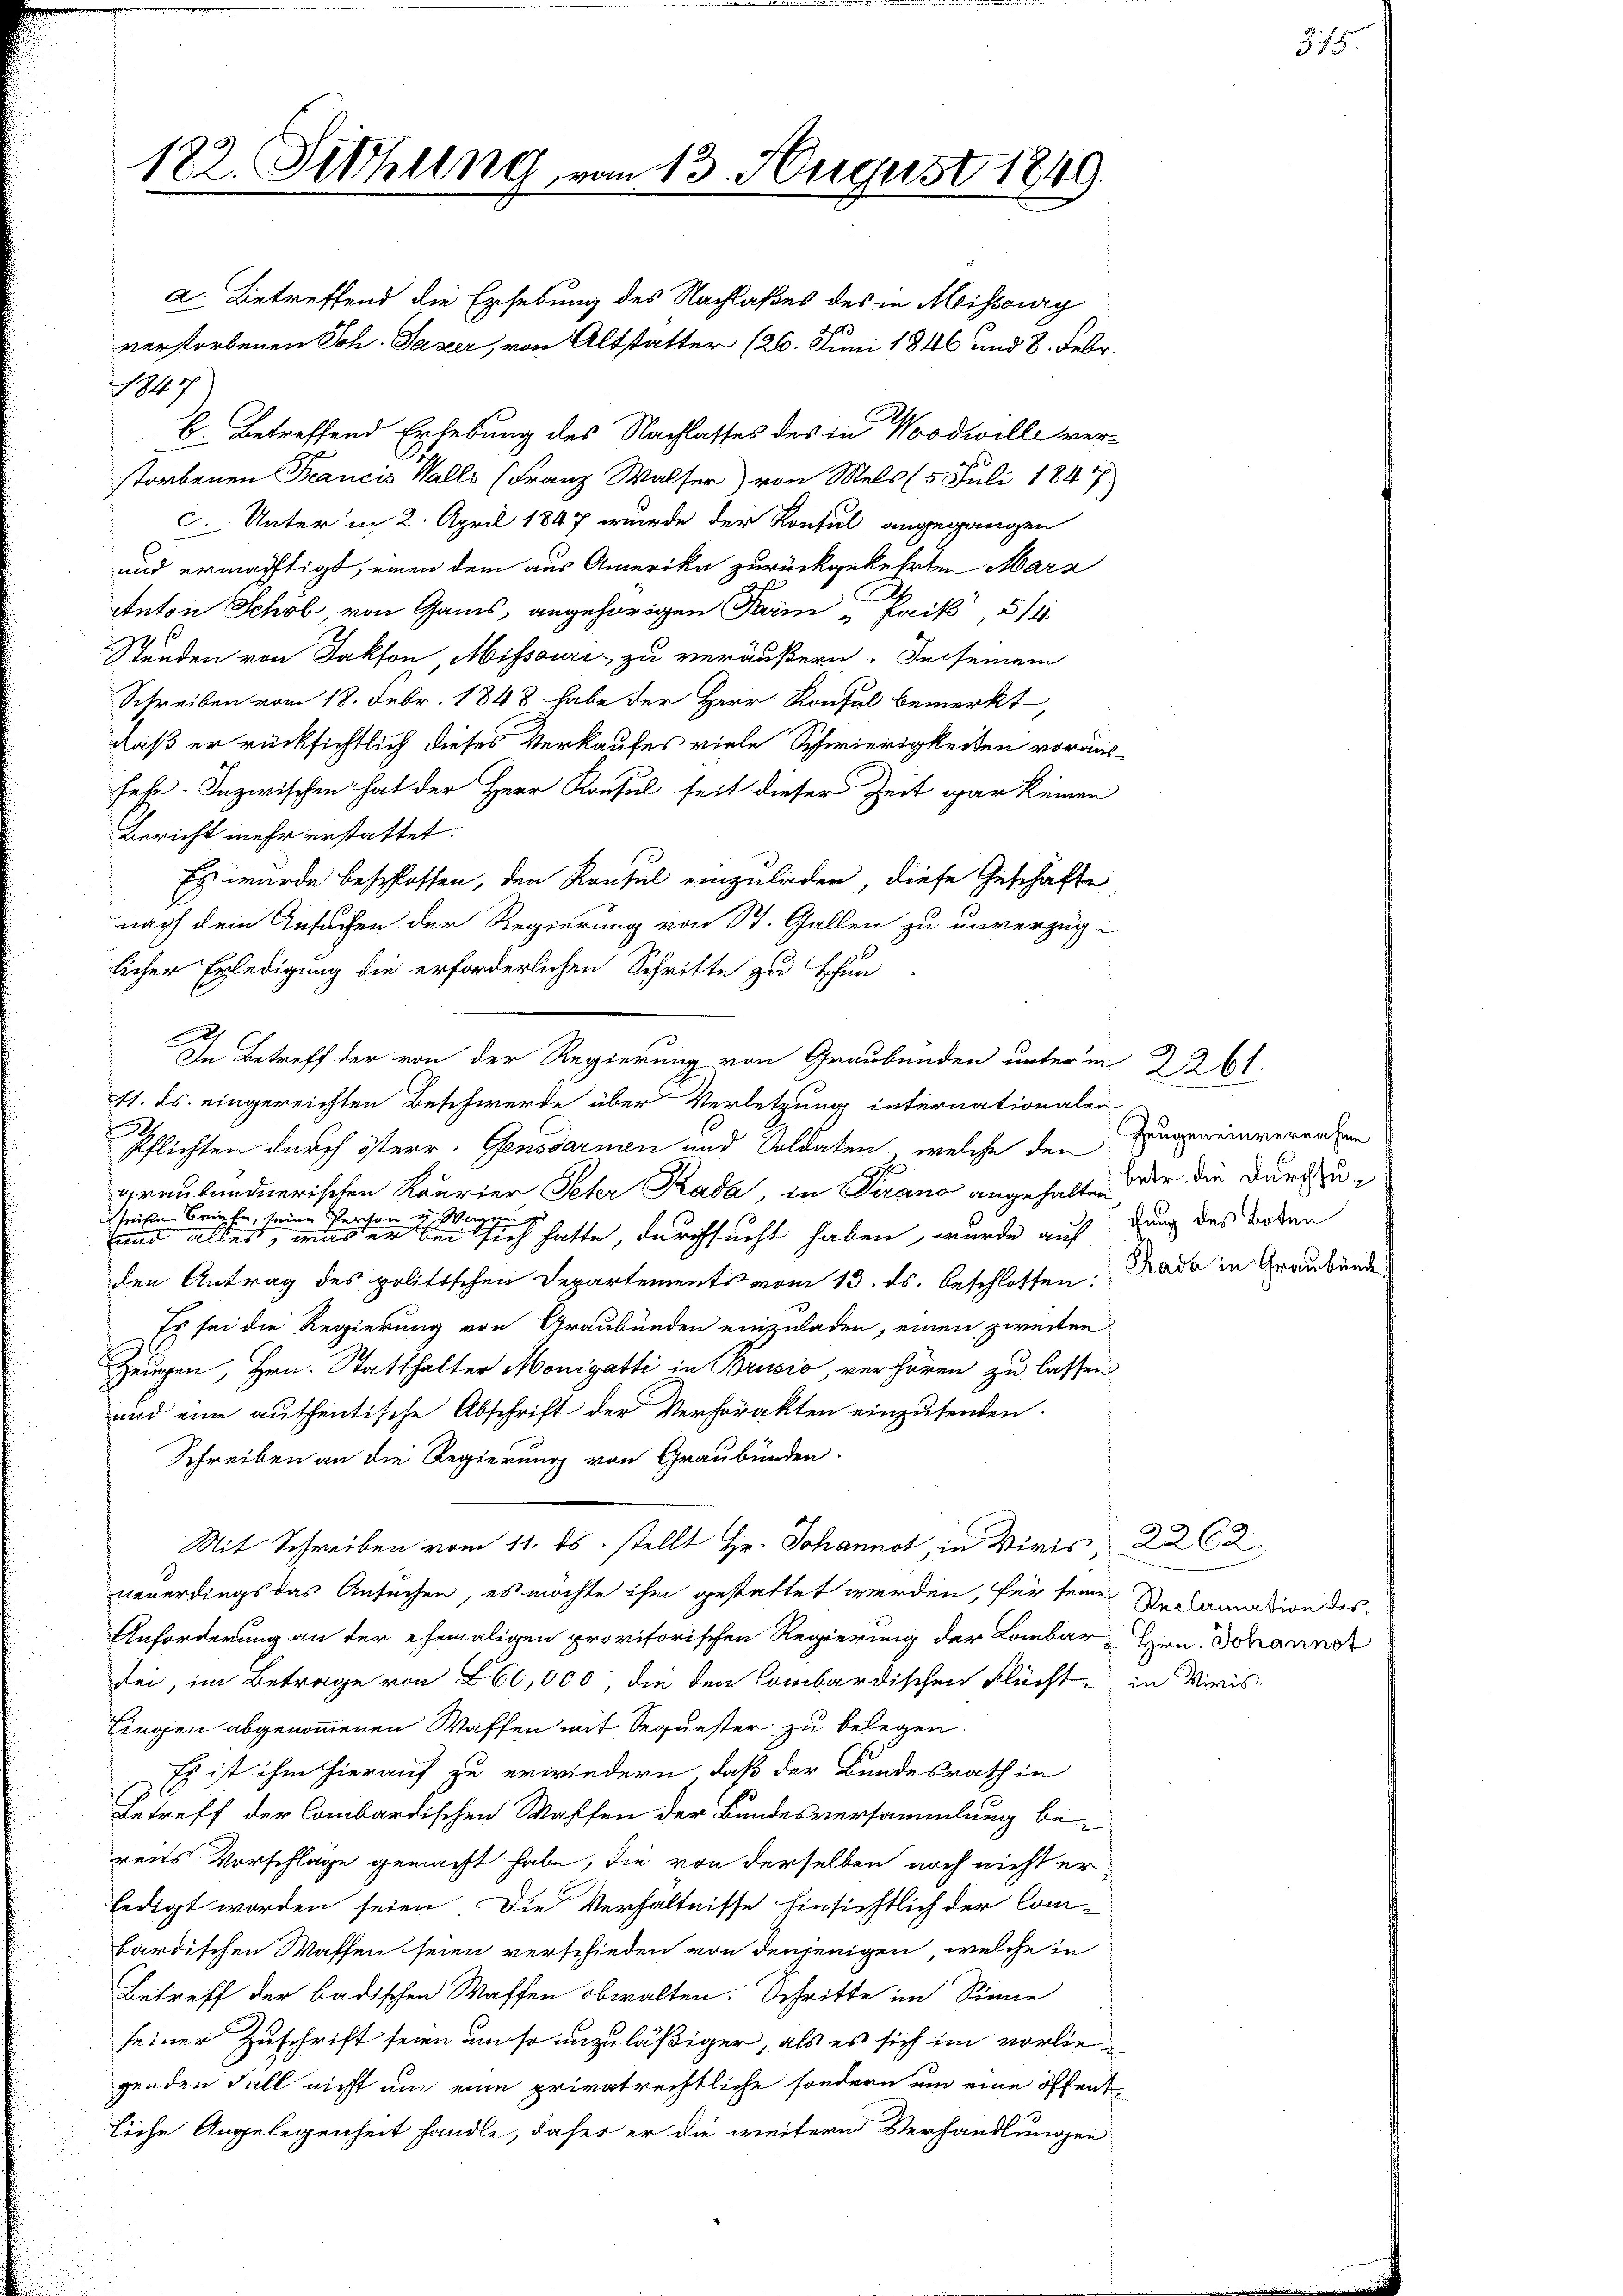
122. Sitzung vom 13. August 1849.

9
E. Betreffend Erhebung des Nachlasses des in Woodwille verstorbenen Francis Walls (Franz Walser) von Mels (5. Juli 1847
C. Unter in 2. April 1847 wurde der Konsul angegangen
und ermächtigt, einen dem aus Amerika zurückgekehrten Marz
Anton Schob, von Gams, angehörigen Parin  Paik, 514
Stunden von Jakfon, Missouri, zu veräußern. In seinem
Schreiben vom 18. Febr. 1848 habe der Herr Konsul bemerkt,
daß er rücksichtlich dieses Verkaufes viele Schwierigkeiten voraus-
sehe. Inzwischen hat der Herr Konsul seit dieser Zeit gar keinen
Bericht mehr erstattet.
Es wurde beschlossen, den Konsul einzuladen, diese Geschäfte
nach dem Ansachen der Regierung von St. Gallen zu unverzüg-
licher Erledigung die erforderlichen Schritte zu schen
E
9
Pflichten durch österr. Gensdarmen und Soldaten, welche den
graubündnerischen Kourier Peter Kada, in Pirano angehalten
seiste Briefe, seine Person u Wagen zu
und alles, was er bei sich hatte, durchsucht haben, wurde auf
den Antrag des politischen Departements vom 13. ds. beschlossen:
Es sei die Regierung von Graubünden einzuladen, einen zweiten
Zeugen, Hrn. Statthalter Monigatti in Brusio, verhören zu lassen
und eine authentische Abschrift der Verhörakten einzusenden.
Schreiben an die Regierung von Graubünden.
Mit Schreiben vom 11. ds. stellt Hr. Johannot, in Wiris,
neuerdings das Ansuchen, es möchte ihm gestattet werden, für seine Reclamation des
Anforderung an der ehemaligen provisorischen Regierung der Lombar, Hrn. Johanner
bei, im Betrage von 60,000, die den Combardischen Flücht in Minis
ingen abgenommenen Waffen mit Sequester zu belegen.
Es ist ihm hierauf zu erwiedern, daß der Bundesrath in
Betreff der Combardischen Waffen der Bundesversammlung bereits Vorschläge gemacht habe, die von derselben noch nicht erledigt worden seien. Die Verhältnisse Einsichtlich der Com-
bardischen Waffen seien verschieden von denjenigen, welche in
Betreff der badischen Waffen obwalten. Schritte im Sinne
seiner Zuschrift seien um so unzuläßiger, als es sich im vorliegenden Fall nicht um eine privatrechtliche sondern um eine öffentliche Angelegenheit handle, daher er die weitern Verhandlungen

a. Betreffend die Erhebung des Nachlaßes des in Meistburg
verstorbenen Sch. Saxer, von Altstatter (26. Juni 1846 und 8. Febr.

In Betreff der von der Regierung von Graubünden unterm 2261.
11. ds. eingereichten Beschwerde über Verletzung internationaler

Zeugen einvernahme
betr. die Durchzuchung des Boten
Pada in Graubünde

2262.
.

375.